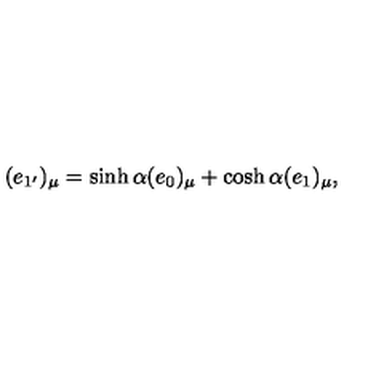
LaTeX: ( e _ { 1 ^ { \prime } } ) _ { \mu } = \sinh \alpha ( e _ { 0 } ) _ { \mu } + \cosh \alpha ( e _ { 1 } ) _ { \mu } ,